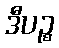
ဒီပဉ္စ